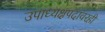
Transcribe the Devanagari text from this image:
उपाध्यक्षपदावरही